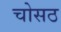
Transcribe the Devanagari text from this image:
चोसठ